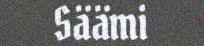
Säämi